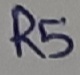
Text: R5